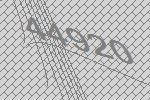
44920